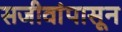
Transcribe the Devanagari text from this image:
सजीवांपासून